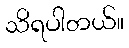
သိရပါတယ်။